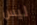
ليس